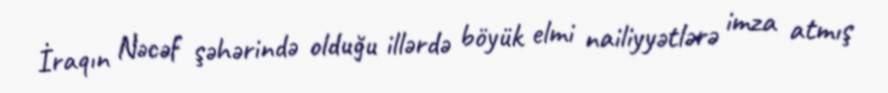
İraqın Nəcəf şəhərində olduğu illərdə böyük elmi nailiyyətlərə imza atmış